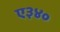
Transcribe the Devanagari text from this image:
ए३४०